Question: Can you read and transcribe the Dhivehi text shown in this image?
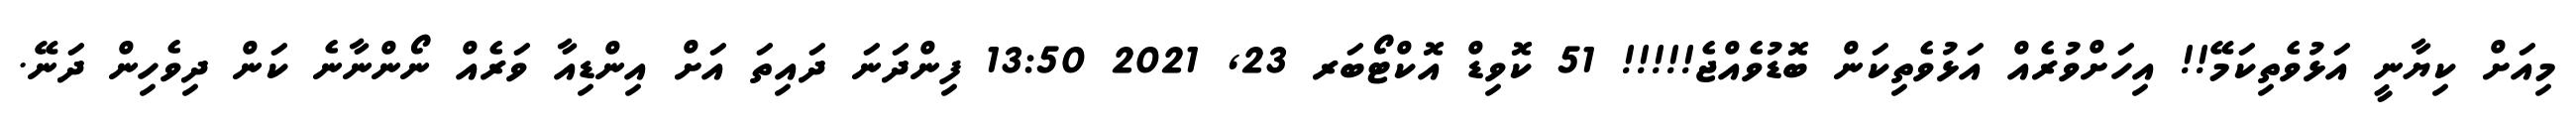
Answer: މިއަށް ކިޔާނީ އަޅުވެތިކަމޭ!! އިހަށްވުރެއް އަޅުވެތިކަން ބޮޑުވެއްޖެ!!!!! 51 ކޮވިޑް އޮކްޓޯބަރ 23, 2021 13:50 ފިންދަނަ ދައިތަ އަށް އިންޑިއާ ވަރެއް ނޯންނާނެ ކަން ދިވެހިން ދަނޭ.